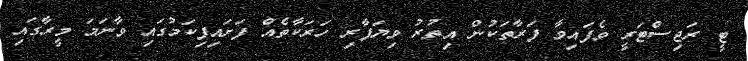
ޓީ ރަޖިސްޓަރީ ވެފައިވާ ފަރާތަކުން އިތުރު ވިޔަފާރި ހަރަކާތެއް ފަށައިފިކަމުގައި ވާނަމަ މީރާގައި